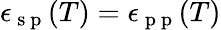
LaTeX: \epsilon_{\mathrm{~s~p~}}(T)=\epsilon_{\mathrm{~p~p~}}(T)